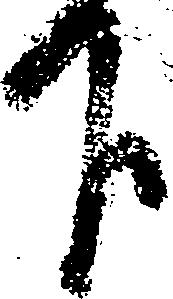
下